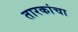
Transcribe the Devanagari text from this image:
तारकांचा